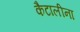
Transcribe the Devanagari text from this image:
कैटालीना